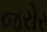
જરોર